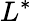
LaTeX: L^{*}